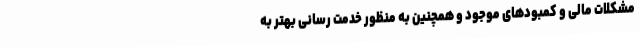
مشکلات مالی و کمبودهای موجود و همچنین به منظور خدمت رسانی بهتر به